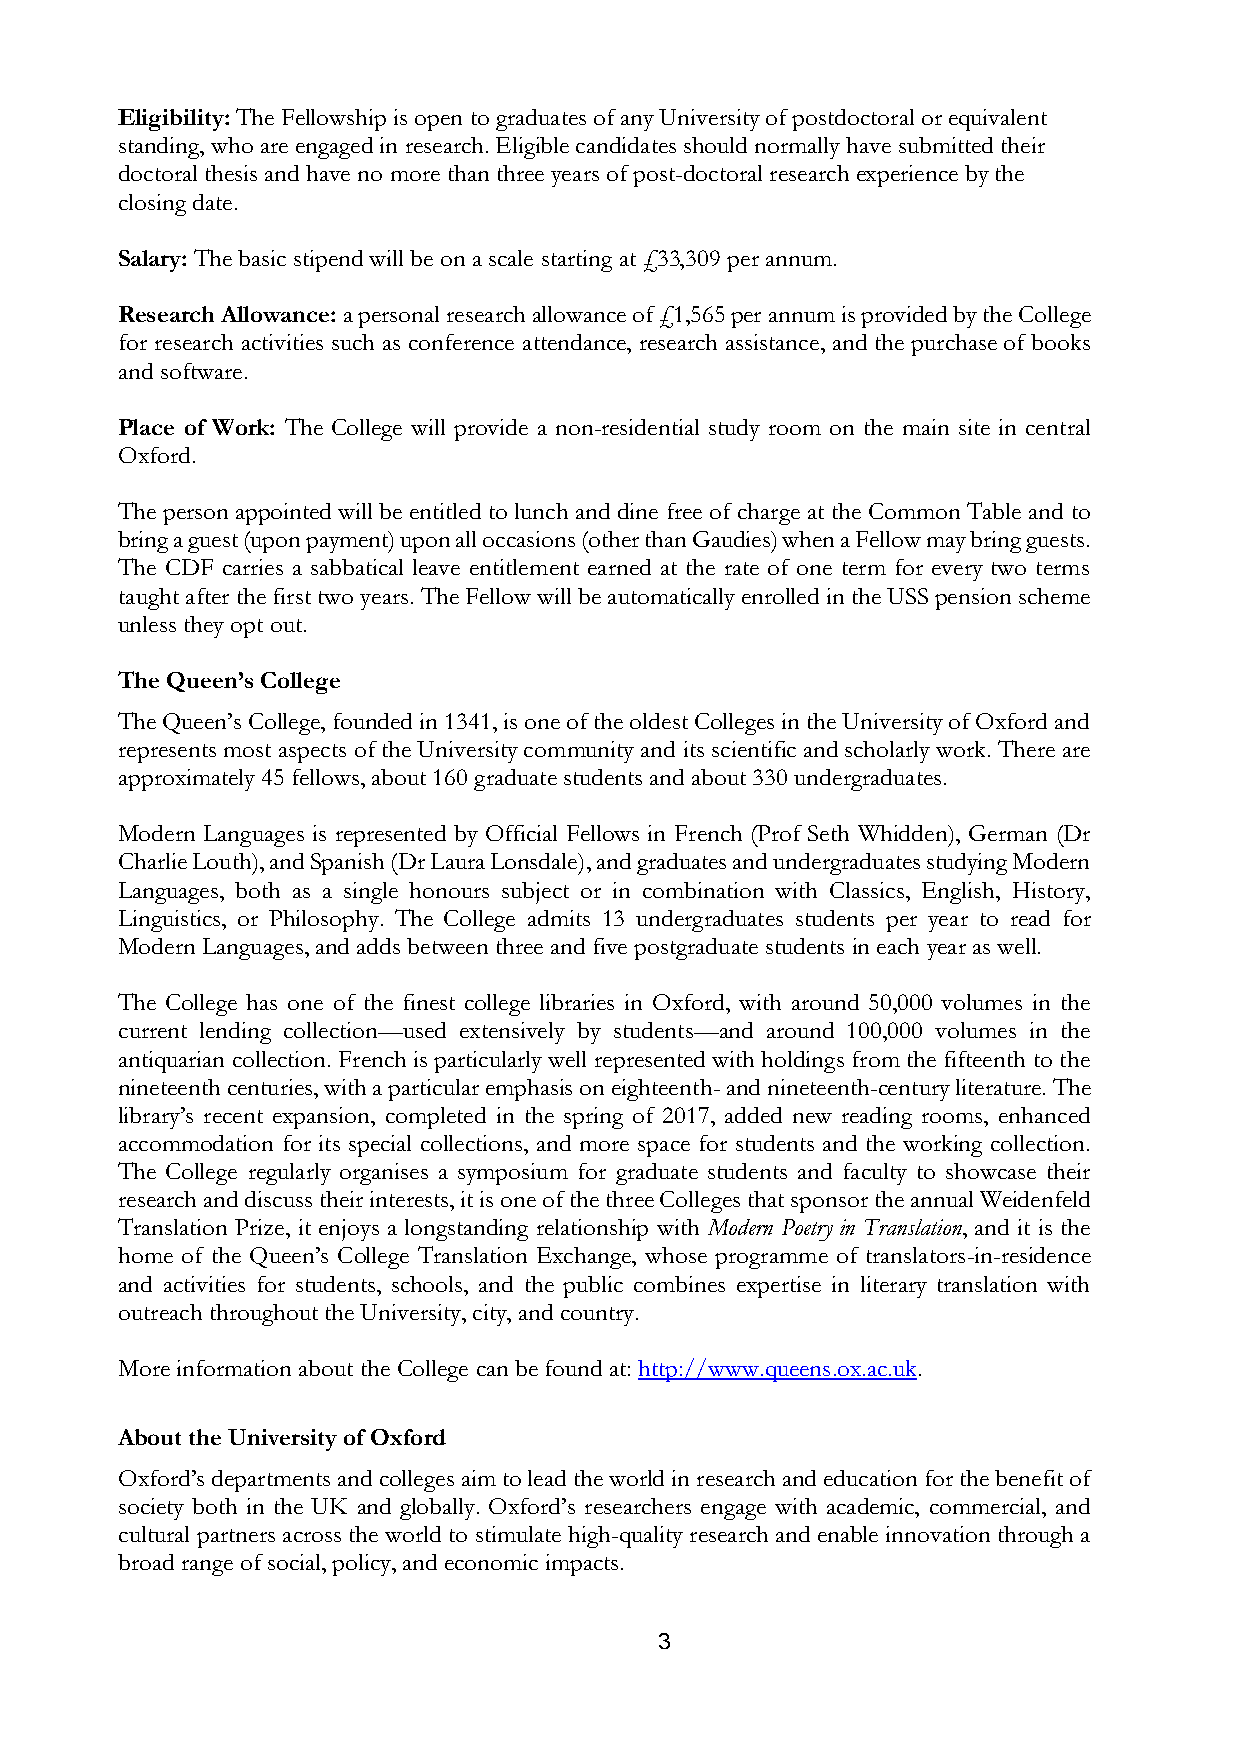
Eligibility: The Fellowship is open to graduates of any University of postdoctoral or equivalent
 standing, who are engaged in research. Eligible candidates should normally have submitted their
 doctoral thesis and have no more than three years of post-doctoral research experience by the
 closing date.
 Salary: The basic stipend will be on a scale starting at £33,309 per annum.
 Research Allowance: a personal research allowance of £1,565 per annum is provided by the College
 for research activities such as conference attendance, research assistance, and the purchase of books
 and software.
 Place of Work: The College will provide a non-residential study room on the main site in central
 Oxford.
 The person appointed will be entitled to lunch and dine free of charge at the Common Table and to
 bring a guest (upon payment) upon all occasions (other than Gaudies) when a Fellow may bring guests.
 The CDF carries a sabbatical leave entitlement earned at the rate of one term for every two terms
 taught after the first two years. The Fellow will be automatically enrolled in the USS pension scheme
 unless they opt out.
 The Queen’s College
 The Queen’s College, founded in 1341, is one of the oldest Colleges in the University of Oxford and
 represents most aspects of the University community and its scientific and scholarly work. There are
 approximately 45 fellows, about 160 graduate students and about 330 undergraduates.
 Modern Languages is represented by Official Fellows in French (Prof Seth Whidden), German (Dr
 Charlie Louth), and Spanish (Dr Laura Lonsdale), and graduates and undergraduates studying Modern
 Languages, both as a single honours subject or in combination with Classics, English, History,
 Linguistics, or Philosophy. The College admits 13 undergraduates students per year to read for
 Modern Languages, and adds between three and five postgraduate students in each year as well.
 The College has one of the finest college libraries in Oxford, with around 50,000 volumes in the
 current lending collection—used extensively by students—and around 100,000 volumes in the
 antiquarian collection. French is particularly well represented with holdings from the fifteenth to the
 nineteenth centuries, with a particular emphasis on eighteenth- and nineteenth-century literature. The
 library’s recent expansion, completed in the spring of 2017, added new reading rooms, enhanced
 accommodation for its special collections, and more space for students and the working collection.
 The College regularly organises a symposium for graduate students and faculty to showcase their
 research and discuss their interests, it is one of the three Colleges that sponsor the annual Weidenfeld
 Translation Prize, it enjoys a longstanding relationship with Modern Poetry in Translation, and it is the
 home of the Queen’s College Translation Exchange, whose programme of translators-in-residence
 and activities for students, schools, and the public combines expertise in literary translation with
 outreach throughout the University, city, and country.
 More information about the College can be found at: http://www.queens.ox.ac.uk.
 About the University of Oxford
 Oxford’s departments and colleges aim to lead the world in research and education for the benefit of
 society both in the UK and globally. Oxford’s researchers engage with academic, commercial, and
 cultural partners across the world to stimulate high-quality research and enable innovation through a
 broad range of social, policy, and economic impacts.
 3